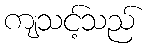
ကျသင့်သည်